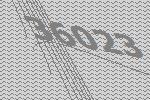
36023